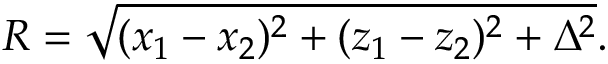
R = \sqrt { ( x _ { 1 } - x _ { 2 } ) ^ { 2 } + ( z _ { 1 } - z _ { 2 } ) ^ { 2 } + \Delta ^ { 2 } } .